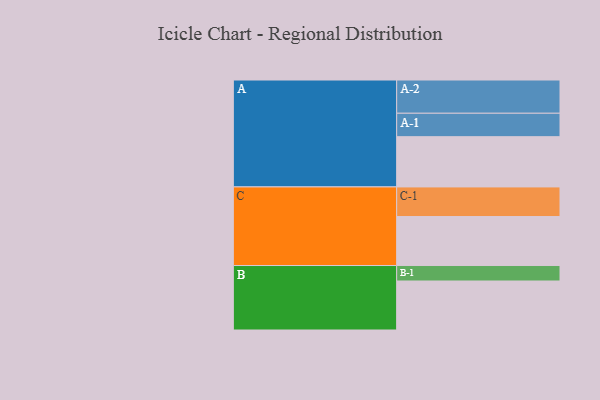
{"axis": {"x": "Segment", "y": "Value"}, "legend": ["", "A", "B", "C"], "data": [{"x": "A", "y": 399, "type": ""}, {"x": "B", "y": 389, "type": ""}, {"x": "C", "y": 389, "type": ""}, {"x": "A-1", "y": 186, "type": "A"}, {"x": "A-2", "y": 264, "type": "A"}, {"x": "B-1", "y": 123, "type": "B"}, {"x": "C-1", "y": 235, "type": "C"}]}